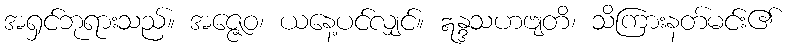
အရှင်ဘုရားသည်။ အဇ္ဇေဝ၊ ယနေ့ပင်လျှင်။ ဣန္ဒသဟဗျတိ၊ သိကြားနတ်မင်း၏